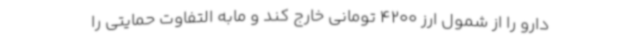
دارو را از شمول ارز 4200 تومانی خارج کند و مابه التفاوت حمایتی را